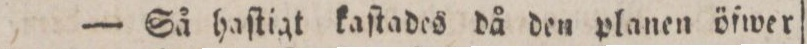
— Så haſtigt kaſtades då den planen öſwer